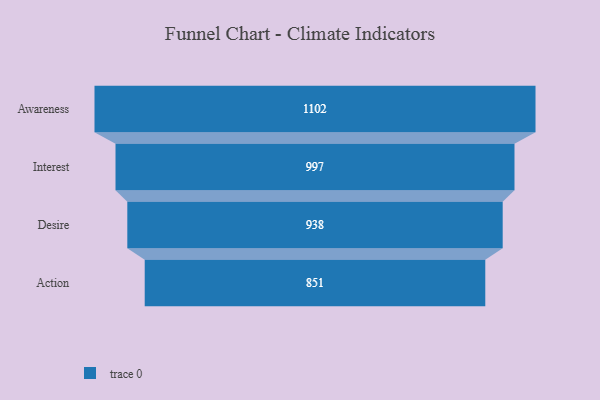
{"axis": {"x": "Stage", "y": "Value"}, "legend": [""], "data": [{"x": "Awareness", "y": 1102.0, "type": ""}, {"x": "Interest", "y": 997.0, "type": ""}, {"x": "Desire", "y": 938.0, "type": ""}, {"x": "Action", "y": 851.0, "type": ""}]}